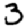
Digit: 3